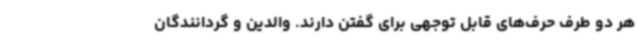
هر دو طرف حرف‌های قابل توجهی برای گفتن دارند. والدین و گردانندگان